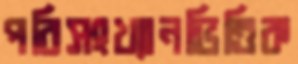
পরিসংখ্যানভিত্তিক